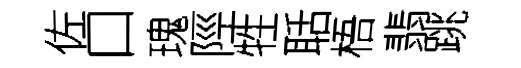
佐口瑰陘牲聒梧翡跳